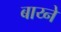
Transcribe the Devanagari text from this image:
बाय्ने